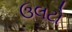
ઉલટો